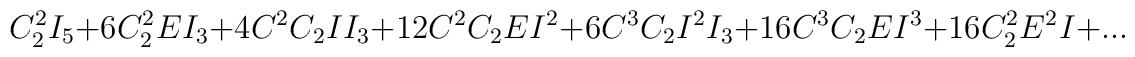
C_2^2I_5+6C_2^2EI_3+4C^2C_2II_3+12C^2C_2EI^2+6C^3C_2I^2I_3+16C^3C_2EI^3+16C_2^2E^2I+...